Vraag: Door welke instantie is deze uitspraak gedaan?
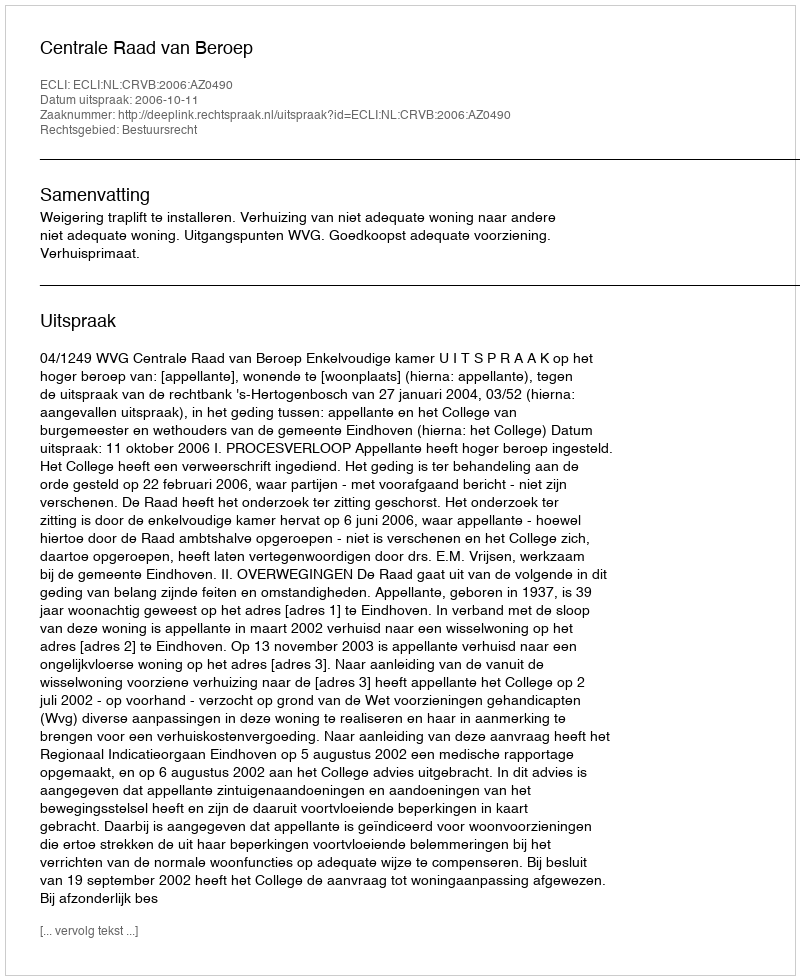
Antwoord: Centrale Raad van Beroep